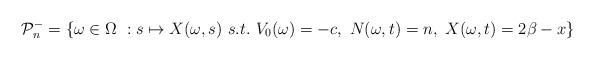
LaTeX: \begin{align*}\mathcal{P}_n^- =\lbrace \omega\in \Omega\ :s\mapsto X(\omega, s)\ s.t.\ V_0(\omega) = -c,\ N(\omega, t) = n,\ X(\omega, t)= 2\beta-x \rbrace\end{align*}